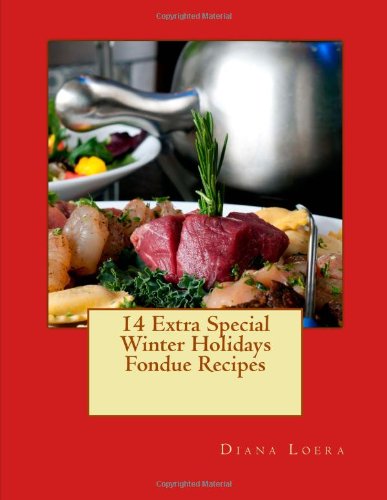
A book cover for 14 Extra Special Winter Holidays Fondue Recipes; Diana Loera; Cookbooks, Food & Wine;